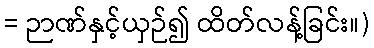
= ဉာဏ်နှင့်ယှဉ်၍ ထိတ်လန့်ခြင်း။)